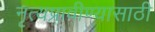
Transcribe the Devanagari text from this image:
नृत्यप्रावीण्यासाठी